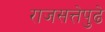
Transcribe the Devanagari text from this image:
राजसत्तेपुढे